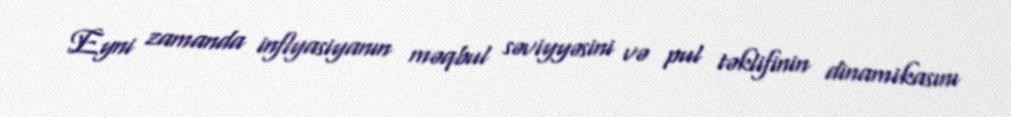
Eyni zamanda inflyasiyanın məqbul səviyyəsini və pul təklifinin dinamikasını